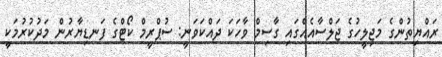
ރައްޔިތުންގެ މަޖިލީހުގެ ޖަލްސާއެއްގައި ގާސިމް ވާހަކަ ދައްކަވަނީ: ސުޕްރީމް ކޯޓްގެ ފަނޑިޔާރުން މަދުކުރުމަކީ